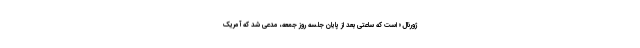
ژورنال» است که ساعتی بعد از پایان جلسه روز جمعه، مدعی شد که آمریک